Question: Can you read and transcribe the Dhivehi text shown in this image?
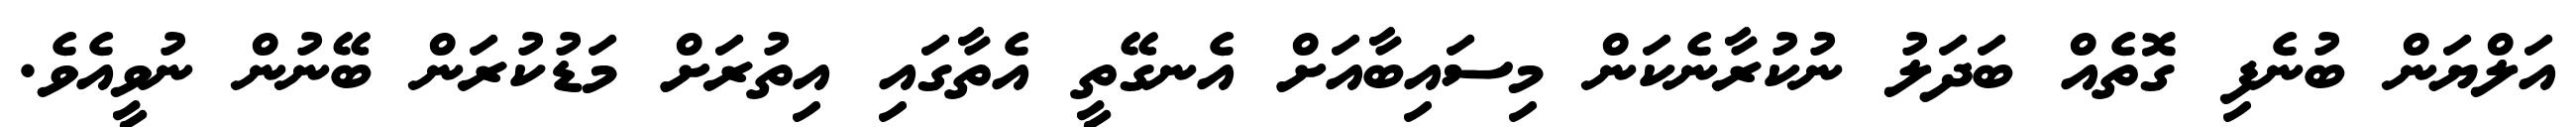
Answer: އަލްޔަން ބުނެފި ގޮތެއް ބަދަލު ނުކުރާނެކަން މިސައިބާއަށް އެނގޭތީ އެތާގައި އިތުރަށް މަޑުކުރަން ބޭނުން ނުވީއެވެ.